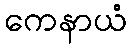
ကေနာယံ